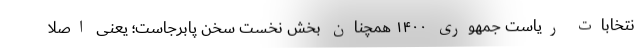
نتخابات ریاست جمهوری ۱۴۰۰ همچنان بخش نخست سخن پابرجاست؛ یعنی اصلا